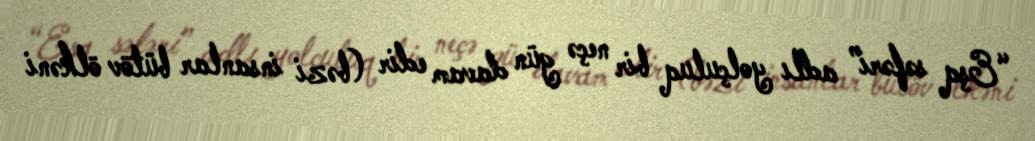
“Eşq səfəri” adlı yolçuluq bir neçə gün davam edir (bəzi insanlar bütöv ölkəni